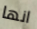
انها